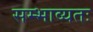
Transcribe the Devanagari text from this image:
सम्भाव्यतः